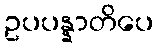
ဥပပန္နာတိပေ